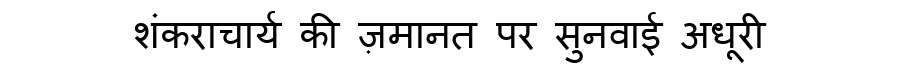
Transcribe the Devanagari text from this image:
शंकराचार्य की ज़मानत पर सुनवाई अधूरी